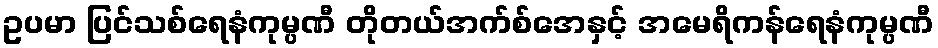
ဥပမာ ပြင်သစ်ရေနံကုမ္ပဏီ တိုတယ်အက်စ်အေနှင့် အမေရိကန်ရေနံကုမ္ပဏီ